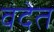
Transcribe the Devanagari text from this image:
वदेत